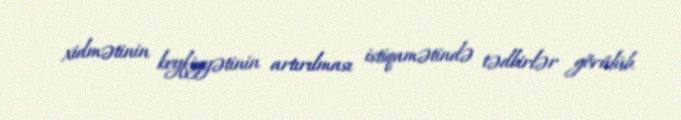
xidmətinin keyfiyyətinin artırılması istiqamətində tədbirlər görülüb.